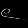
Digit: ၉